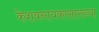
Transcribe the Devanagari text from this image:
केशवनायकासारख्या